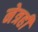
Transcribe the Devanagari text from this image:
नेत्रही